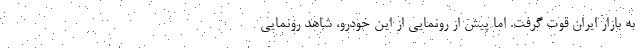
به بازار ایران قوت گرفت. اما پیش از رونمایی از این خودرو، شاهد رونمایی